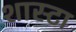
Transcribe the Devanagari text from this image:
शास्टा